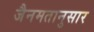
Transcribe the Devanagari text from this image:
जैनमतानुसार